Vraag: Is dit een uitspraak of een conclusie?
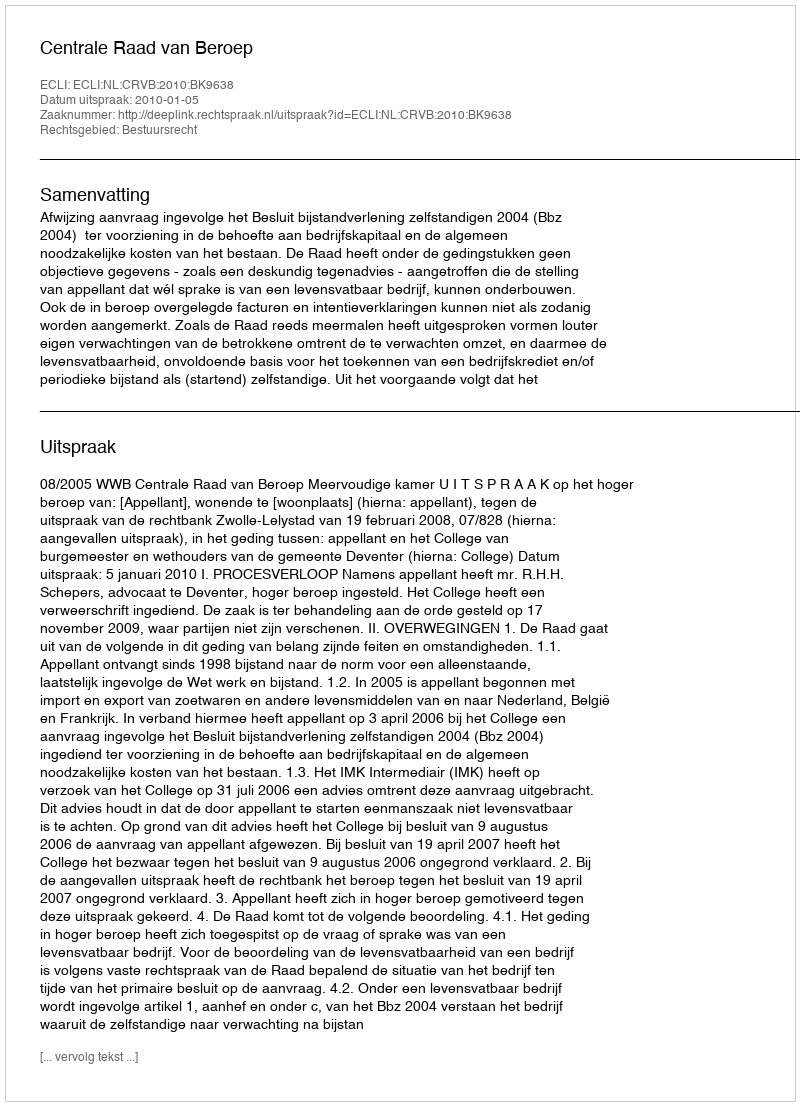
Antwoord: Uitspraak